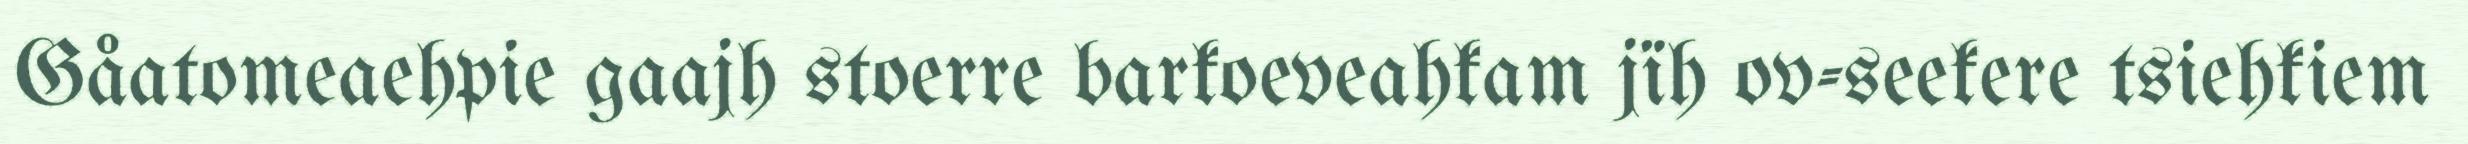
Gåatomeaehpie gaajh stoerre barkoeveahkam jïh ov-seekere tsiehkiem